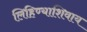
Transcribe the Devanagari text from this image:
लिहिण्याशिवाय